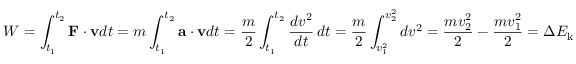
W = \int _ { t _ { 1 } } ^ { t _ { 2 } } \mathbf { F } \cdot \mathbf { v } d t = m \int _ { t _ { 1 } } ^ { t _ { 2 } } \mathbf { a } \cdot \mathbf { v } d t = { \frac { m } { 2 } } \int _ { t _ { 1 } } ^ { t _ { 2 } } { \frac { d v ^ { 2 } } { d t } } \, d t = { \frac { m } { 2 } } \int _ { v _ { 1 } ^ { 2 } } ^ { v _ { 2 } ^ { 2 } } d v ^ { 2 } = { \frac { m v _ { 2 } ^ { 2 } } { 2 } } - { \frac { m v _ { 1 } ^ { 2 } } { 2 } } = \Delta E _ { \mathrm { k } }